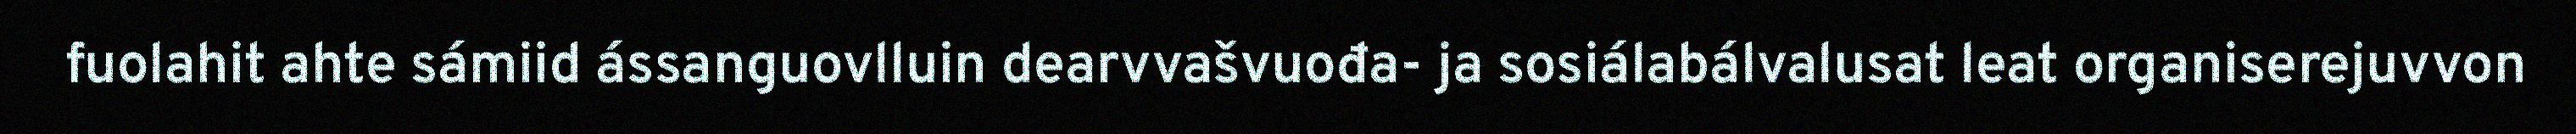
fuolahit ahte sámiid ássanguovlluin dearvvašvuođa- ja sosiálabálvalusat leat organiserejuvvon